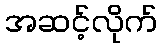
အဆင့်လိုက်